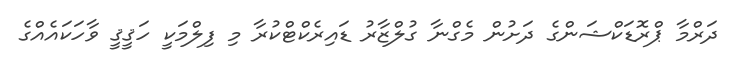
ދަރްމާ ޕްރޮޑަކްޝަންގެ ދަށުން މެގްނާ ގުލްޒާރު ޑައިރެކްޓްކުރާ މި ފިލްމަކީ ހަޤީޤީ ވާހަކައެއްގެ